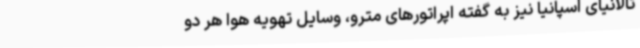
تالانیای اسپانیا نیز به گفته اپراتورهای مترو، وسایل تهویه هوا هر دو